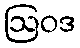
ဩဝဒ